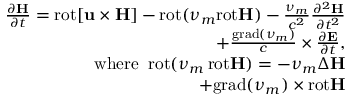
\begin{array} { r } { \frac { \partial { \bf H } } { \partial t } = \mathrm { r o t } { \bf [ u \times H ] } - \mathrm { r o t } ( \nu _ { m } \mathrm { r o t } { \bf H } ) - \frac { \nu _ { m } } { c ^ { 2 } } \frac { \partial ^ { 2 } { \bf H } } { \partial t ^ { 2 } } \qquad \qquad } \\ { + \frac { \mathrm { g r a d } ( \nu _ { m } ) } { c } \times \frac { \partial { \bf E } } { \partial t } , \qquad \qquad } \\ { { { \mathrm { w h e r e } } } \; \; \mathrm { r o t } ( \nu _ { m } \, \mathrm { r o t } { \bf H } ) = - \nu _ { m } \Delta { \bf H } \qquad \qquad } \\ { + \mathrm { g r a d } ( \nu _ { m } ) \times \mathrm { r o t } { \bf H } \qquad \qquad } \end{array}